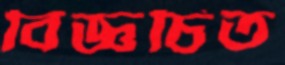
বিজ্ঞচিত